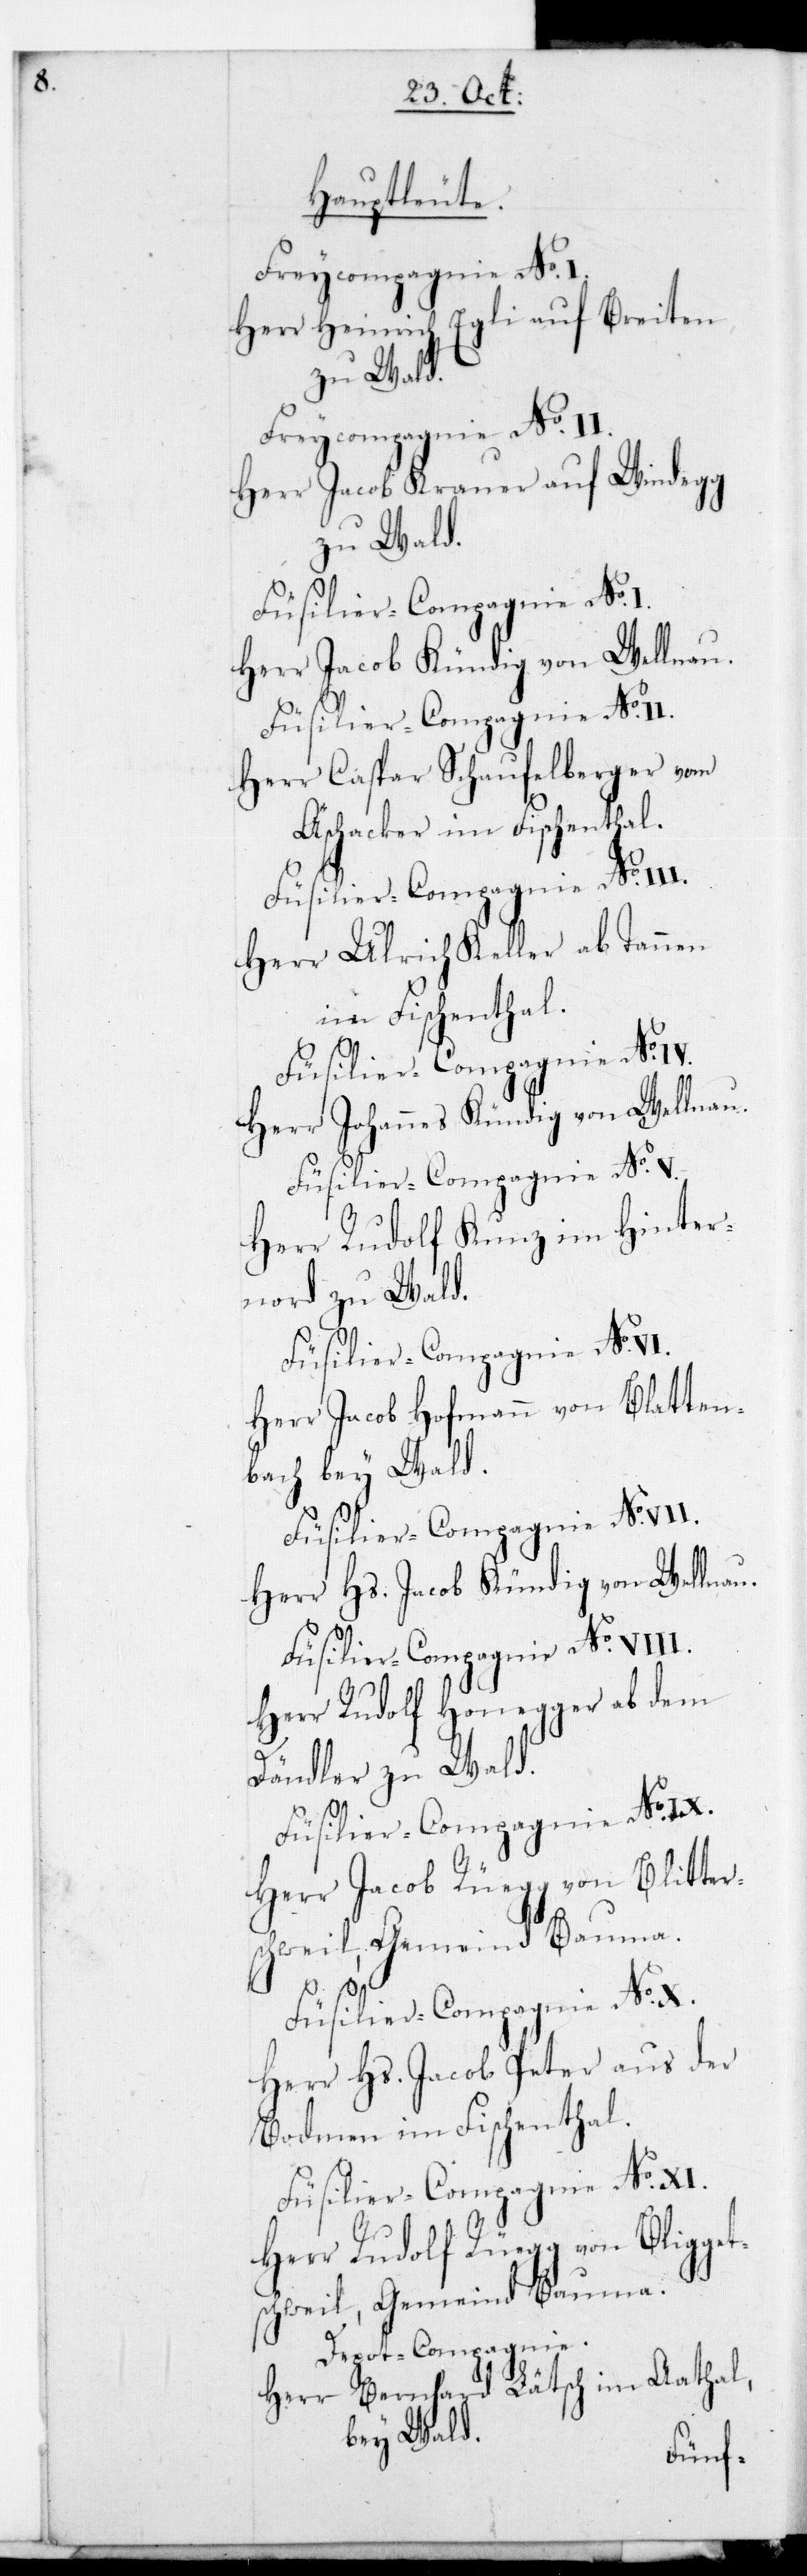
Hauptleute.
Herr Heinrich Egli auf Breiten
zu Wald.
Freycompagnie No. II.
Herr Jacob Krauer auf Windegg
zu Wald.
Füsilier-Compagnie No. I.
Herr Jacob Kündig von Wellnau.
Herr Caspar Schaufelberger vom
Äschacker im Fischenthal.
Herr Ulrich Keller ab Tannen
im Fischenthal.
Herr Johannes Kündig von Wellnau.
Füsilier-Compagnie No. V.
Herr Rudolf Kunz im Hinter¬
nord zu Wald.
Herr Jacob Hofmann von Blatten¬
bach bey Wald.
Füsilier-Compagnie No. VII.
Herr Hs. Jacob Kündig von Wellnau.
Herr Rudolf Honegger ab dem
Dändler zu Wald.
Füsilier-Compagnie No. IX.
Herr Jacob Rüegg von Blitter¬
schweil, Gemeind Bauma.
Füsilier-Compagnie No. X.
Herr Hs. Jacob Peter aus der
Bodmen im Fischenthal.
Füsilier-Compagnie No. XI.
Herr Rudolf Rüegg von Bligget¬
schweil, Gemeind Bauma.
Depot-Compagnie.
Herr Bernhard Lätsch im Aathal
bey Wald.